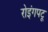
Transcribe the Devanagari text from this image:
रोइंगपटू